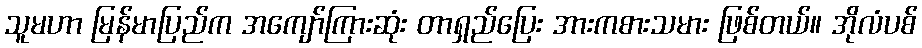
သူမဟာ မြန်မာပြည်က အကျော်ကြားဆုံး တာရှည်ပြေး အားကစားသမား ဖြစ်တယ်။ အိုလံပစ်